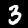
Digit: 3